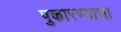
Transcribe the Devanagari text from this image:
पुकारण्याचा